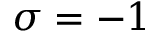
\sigma = - 1